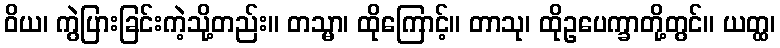
ဝိယ၊ ကွဲပြားခြင်းကဲ့သို့တည်း။ တသ္မာ၊ ထိုကြောင့်။ တာသု၊ ထိုဥပေက္ခာတို့တွင်။ ယတ္ထ၊